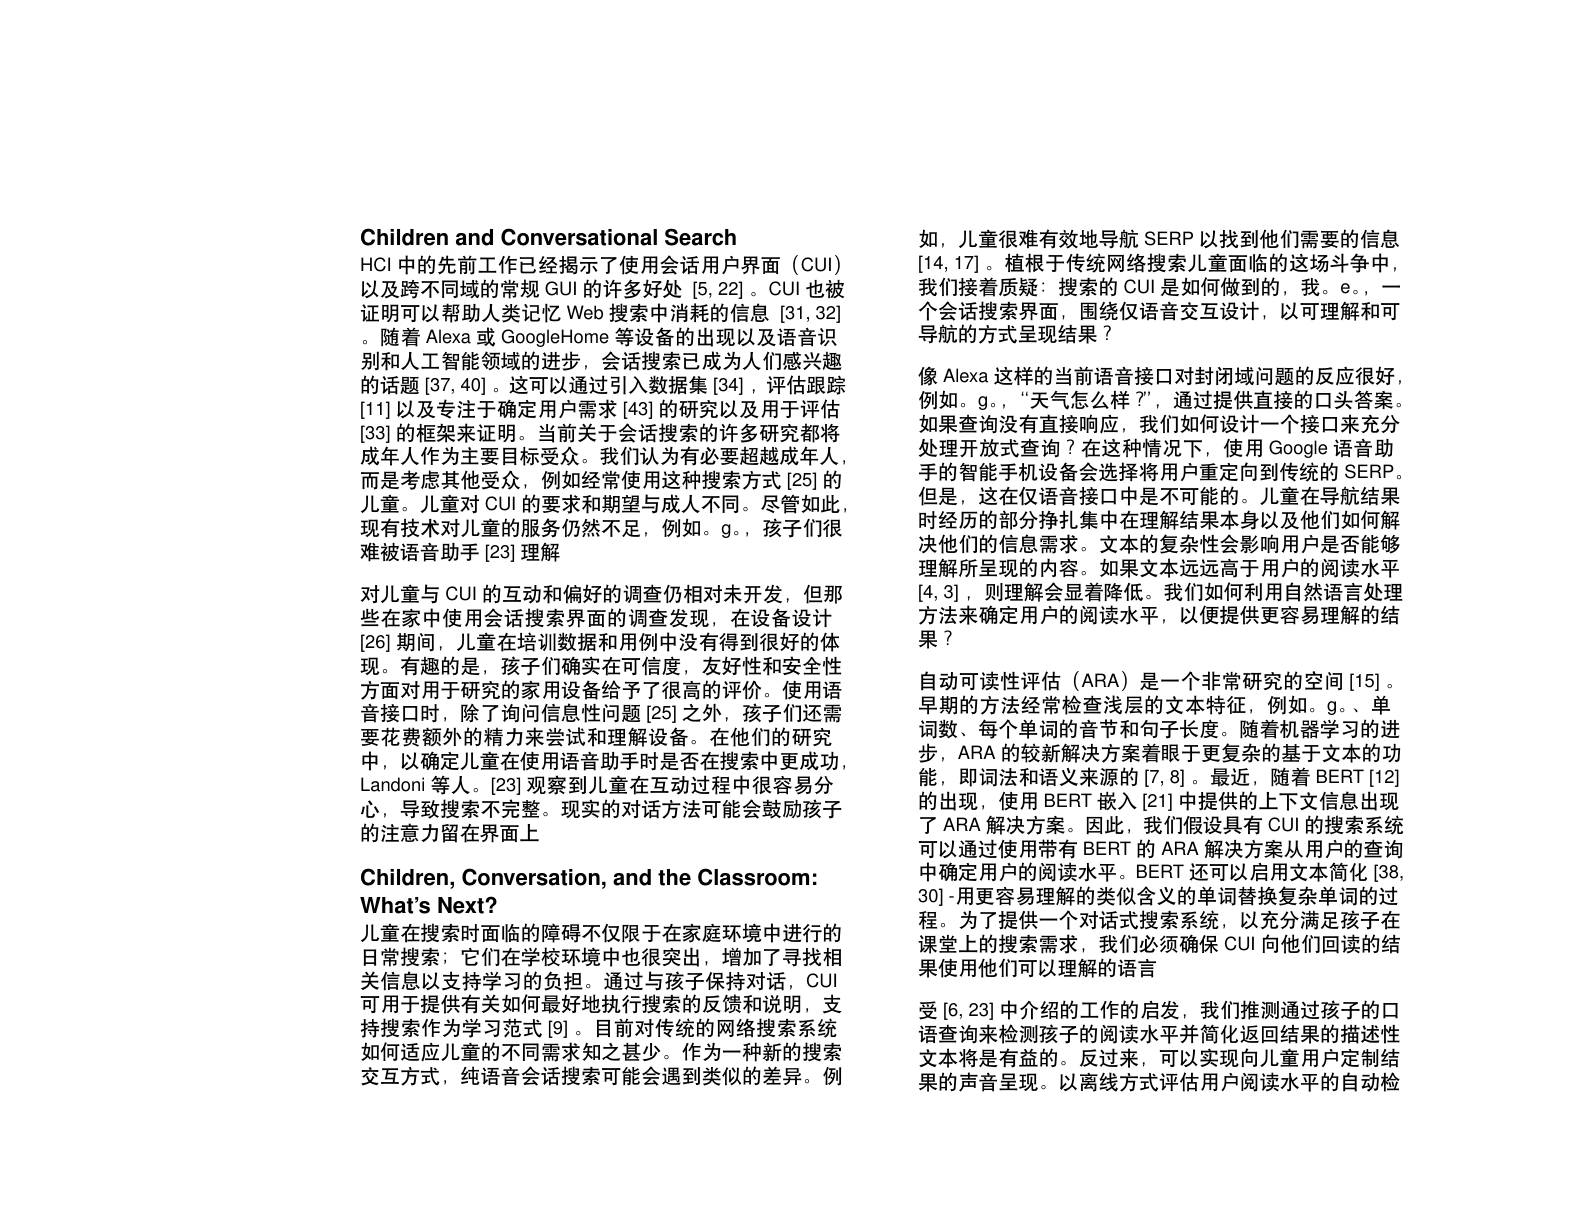
Children and Conversational Search
HCI 中的先前工作已经揭示了使用会话用户界面(CUI) 以及跨不同域的常规 GUI 的许多好处 [5,22]。CUI 也被证明可以帮助人类记忆 Web 搜索中消耗的信息 [31,32] 。随着 Alexa 或 GoogleHome 等设备的出现以及语音识别和人工智能领域的进步，会话搜索已成为人们感兴趣的话题[37,40]。这可以通过引入数据集[34],评估跟踪[11] 以及专注于确定用户需求[43] 的研究以及用于评估[33] 的框架来证明。当前关于会话搜索的许多研究都将成年人作为主要目标受众。我们认为有必要超越成年人， 而是考虑其他受众，例如经常使用这种搜索方式[25]的儿童。儿童对 CUI 的要求和期望与成人不同。尽管如此， 现有技术对儿童的服务仍然不足，例如。g。,孩子们很难被语音助手[23]理解
对儿童与 CUI 的互动和偏好的调查仍相对未开发，但那些在家中使用会话搜索界面的调查发现，在设备设计[26]期间，儿童在培训数据和用例中没有得到很好的体现。有趣的是，孩子们确实在可信度，友好性和安全性方面对用于研究的家用设备给予了很高的评价。使用语音接口时，除了询问信息性问题[25]之外，孩子们还需要花费额外的精力来尝试和理解设备。在他们的研究中，以确定儿童在使用语音助手时是否在搜索中更成功， Landoni 等人。[23] 观察到儿童在互动过程中很容易分心，导致搜索不完整。现实的对话方法可能会鼓励孩子的注意力留在界面上

Children, Conversation, and the Classroom:
What's Next?

儿童在搜索时面临的障碍不仅限于在家庭环境中进行的日常搜索；它们在学校环境中也很突出，增加了寻找相关信息以支持学习的负担。通过与孩子保持对话，CUI 可用于提供有关如何最好地执行搜索的反馈和说明，支持搜索作为学习范式[9]。目前对传统的网络搜索系统如何适应儿童的不同需求知之甚少。作为一种新的搜索交互方式，纯语音会话搜索可能会遇到类似的差异。例

如，儿童很难有效地导航 SERP 以找到他们需要的信息[14,17]。植根于传统网络搜索儿童面临的这场斗争中， 我们接着质疑：搜索的 CUI 是如何做到的，我。e。— 个会话搜索界面，围绕仅语音交互设计，以可理解和可导航的方式呈现结果？
像 Alexa 这样的当前语音接口对封闭域问题的反应很好例如。g。“天气怎么样？”,通过提供直接的口头答案。如果查询没有直接响应，我们如何设计一个接口来充分处理开放式查询？在这种情况下，使用 Google 语音助手的智能手机设备会选择将用户重定向到传统的 SERP。但是，这在仅语音接口中是不可能的。儿童在导航结果时经历的部分挣扎集中在理解结果本身以及他们如何解决他们的信息需求。文本的复杂性会影响用户是否能够理解所呈现的内容。如果文本远远高于用户的阅读水平$[4,3],则理解会显着降低。我们如何利用自然语言处理$ 方法来确定用户的阅读水平，以便提供更容易理解的结果？
自动可读性评估 (ARA) 是一个非常研究的空间[15]。早期的方法经常检查浅层的文本特征，例如。g。、单词数、每个单词的音节和句子长度。随着机器学习的进步，ARA 的较新解决方案着眼于更复杂的基于文本的功能，即词法和语义来源的[7,8]。最近，随着 BERT[12] 的出现，使用 BERT 嵌入[21] 中提供的上下文信息出现了 ARA 解决方案。因此，我们假设具有 CUI 的搜索系统可以通过使用带有 BERT 的 ARA 解决方案从用户的查询中确定用户的阅读水平。BERT 还可以启用文本简化[38] 30]-用更容易理解的类似含义的单词替换复杂单词的过程。为了提供一个对话式搜索系统，以充分满足孩子在课堂上的搜索需求，我们必须确保 CUI 向他们回读的结果果使用他们可以理解的语言
受[6,23] 中介绍的工作的启发，我们推测通过孩子的口语查询来检测孩子的阅读水平并简化返回结果的描述性文本将是有益的。反过来，可以实现向儿童用户定制结果的声音呈现。以离线方式评估用户阅读水平的自动检